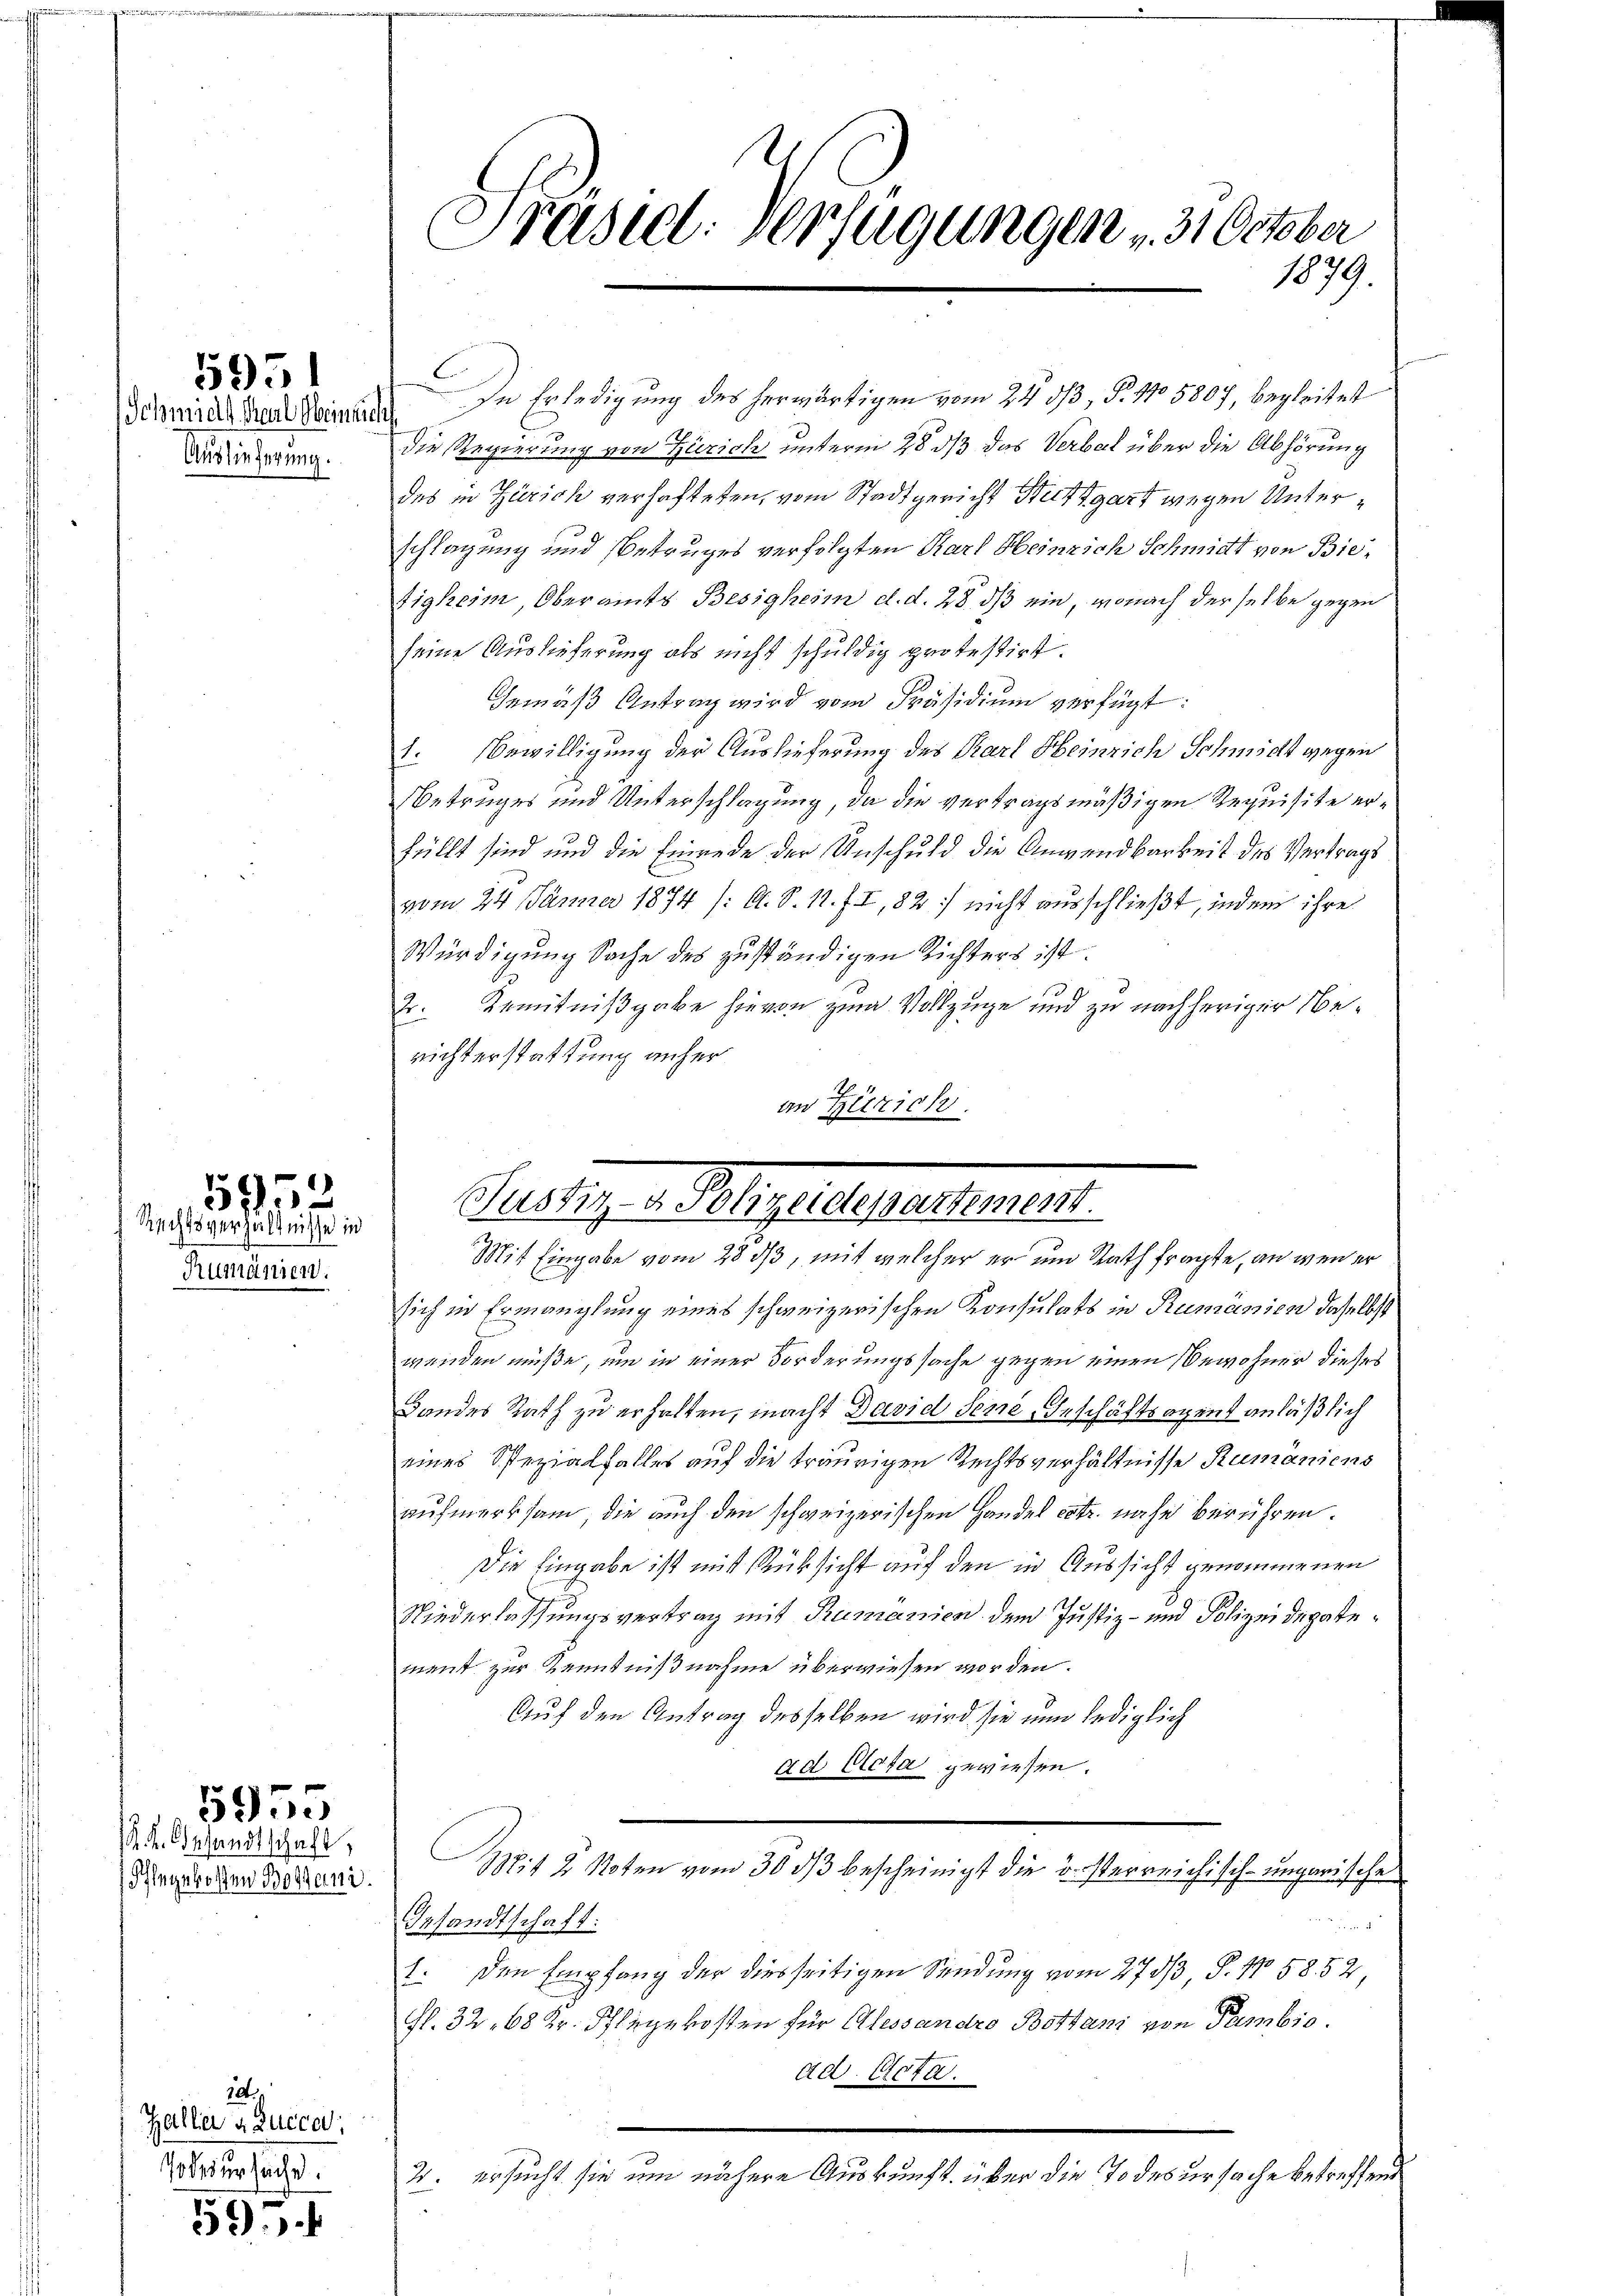
5951

Schnell Karl Heinrich
Auslieferung.

Rumänien.

5955
Rechtsverhältnisse in

. L. Gesandtschaft,
Hingekosten Botani

5955

12.
Zallier u. Lucca,
Todesursache.

595.

Präsid. Verfügungen 31 October
1879.

In Erledigung des herwärtigen vom 24. 53, §. 1105807, begleitet
die Regierung von Zürich unterm 28. dβ das Verbal über die Abhörung
des in Zürich verhafteten, vom Stadtgericht Stuttgart wegen Unterschlagung und Betruges verfolgten Karl Heinrich Schmidt von Bietigheim Oberamts Besigheim d. d. 28. dß ein, wonach derselbe gegen
seine Auslieferung als nicht schuldig protestirt.
Gemäß Antrag wird vom Präsidium verfügt:
1. Bewilligung der Auslieferung des Karl Heinrich Schmidt wegen
Betruges und Unterschlagung, da die vertragsmäßigen Requisite erfüllt sind und die Einrede der Unschuld die Anwendbarkeit des Vertrags
vom 24. Jänner 1874 /: A. S. 11. f I, 82) nicht ausschließt, indem ihre
Würdigung Sache des zuständigen Richters ist.
2. Kenntnißgabe hievon zum Vollzüge und zu nachheriger Nerichterstattung anher
in Zürich.

Gesetz v. Morgelegensteuer
Mit Eingabe vom 28 dß, mit welcher er und Rath fragte, an wenn er

sich in Ermanglung eines schweizerischen Konsulats in Rumänien daselbst
wenden müße, um in einer Forderungssache gegen einen Bewohner dieses
Bandes Rath zu erhalten, macht David Sene Geschäftsagent anläßlich
eines Spezialfalles auf die traurigen Rechtsverhältnisse Rumäniens
aufmerksam, die auch den schweizerischen Handel cotr. nahe berühren.
Die Eingabe ist mit Rücksicht auf den in Aussicht genommenen
Niederlassungsvertrag mit Rumanien dem Justiz- und Polizei depotement zur Kenntnißnahme überwiesen worden.
Auf den Antrag desselben wird sie nun lediglich
ad Acta gewiesen.
MMit 2 Noten vom 30. dβ bescheinigt die österreichisch-ungarische
Gesandtschaft:
1. Den Empfang der diesseitigen Sendung vom 273/3 P. No 58. 52
fl. 32. 68 Kr. Pflegekosten für Alessandro Bottani von Pambio.
ad. Acta.
2. ersucht sie um nähere Auskunft über die Todesursache betreffend